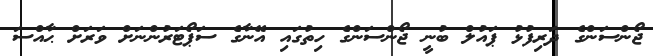
ޖޯންސަންގެ ދަރިފުޅު ޕައުލް ބުނީ ޖޯންސަންގެ ހިތުގައި އޭނާގެ ސަޕޯޓަރުންނަށް ވަރަށް ޙާއްސަ